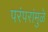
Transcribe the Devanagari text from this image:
परंपरांमुळे